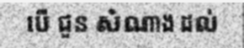
បើ ជួន សំណាង ដល់